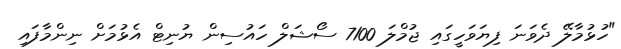
"ހުޅުމާލޭ ދެވަނަ ފިޔަވަހީގައި ޖުމްލަ 7100 ސޯޝަލް ހައުސިން ޔުނިޓް އެޅުމަށް ނިންމާފައި